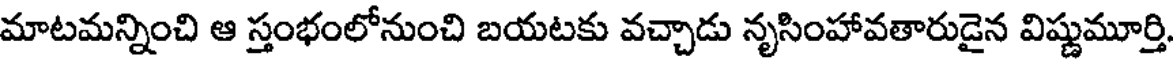
మాటమన్నించి ఆ స్తంభంలోనుంచి బయటకు వచ్చాడు నృసింహావతారుడైన విష్ణుమూర్తి